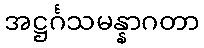
အဋ္ဌင်္ဂသမန္နာဂတာ